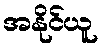
အနိုင်ယူ